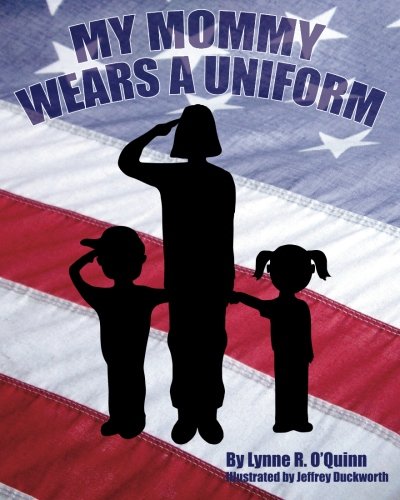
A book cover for My Mommy Wears a Uniform; Lynne R O'Quinn; Parenting & Relationships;